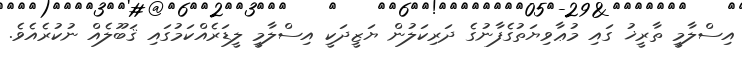
އިސްލާމީ ތާރީޚު ގައި މުޢާވިޔަތުގެފާނުގެ ދަރިކަލުން ޔަޒީދަކީ އިސްލާމީ ލީޑަރެއްކަމުގައި ޤަބޫލެއް ނުކުރެއެވެ.